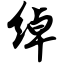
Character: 绰